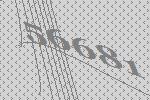
56681